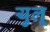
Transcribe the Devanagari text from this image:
युलू